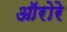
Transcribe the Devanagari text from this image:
ऑरोरे